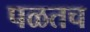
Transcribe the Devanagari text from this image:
पळतच